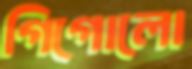
গিগোলো